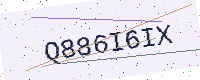
Text: Q886I6IX